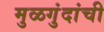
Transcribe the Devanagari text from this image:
मुळगुंदांची